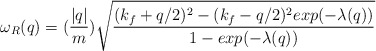
\begin{align*}\omega_{R}(q) = (\frac{ |q| }{m})\sqrt{ \frac{ (k_{f} + q/2)^{2} - (k_{f} - q/2)^{2}exp(-\lambda(q)) }{ 1 - exp(-\lambda(q)) } }\end{align*}